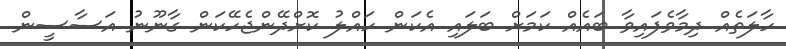
ހާލަތެއް ދިމާވެފައިވާ ބައެއް ކަމަށް ބަލައި އެކަން ހައްލު ކޮށްދޭންޖެހޭކަން ގާނޫނު އަސާސީން